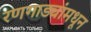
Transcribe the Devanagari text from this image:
रणगाड्यांमधून